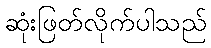
ဆုံးဖြတ်လိုက်ပါသည်